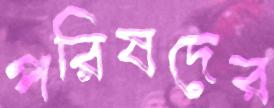
পরিষদের